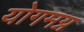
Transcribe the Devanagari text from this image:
योगमग्न